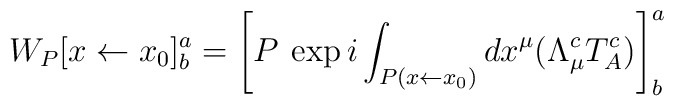
W_P [x\leftarrow x_0]^a_b = \left[ P \: \exp i \int_{P( x\leftarrow x_0)} dx^\mu ( \Lambda_\mu^c T_A^c ) \right]^a_b